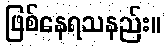
ဖြစ်နေရသနည်း။